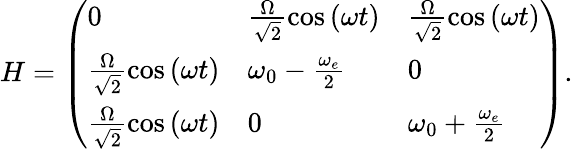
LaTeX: \begin{array}{r}{H=\left(\begin{array}{lll}{0}&{{\frac{\Omega}{\sqrt{2}}\cos\left(\omega t\right)}}&{{\frac{\Omega}{\sqrt{2}}\cos\left(\omega t\right)}}\\ {{\frac{\Omega}{\sqrt{2}}\cos\left(\omega t\right)}}&{\omega_{0}-\frac{\omega_{e}}{2}}&{0}\\ {{\frac{\Omega}{\sqrt{2}}\cos\left(\omega t\right)}}&{0}&{\omega_{0}+\frac{\omega_{e}}{2}}\end{array}\right).}\end{array}